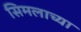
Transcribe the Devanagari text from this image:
सिमलाच्या